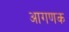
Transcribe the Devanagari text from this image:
आगणक